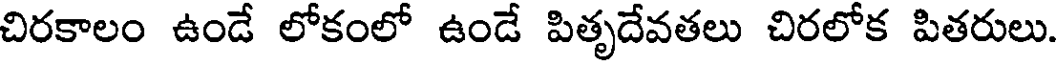
చిరకాలం ఉండే లోకంలో ఉండే పితృదేవతలు చిరలోక పితరులు.